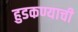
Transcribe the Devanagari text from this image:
हुडकण्याची